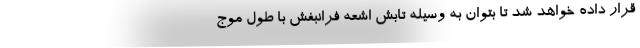
قرار داده خواهد شد تا بتوان به وسیله تابش اشعه فرانبفش با طول موج